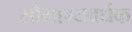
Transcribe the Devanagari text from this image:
सौभाग्यवर्धक